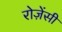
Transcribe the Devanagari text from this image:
रोज़ेंसी